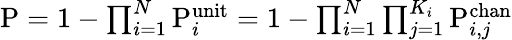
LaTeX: \begin{array}{r}{\mathrm{P}=1-\prod_{i=1}^{N}\mathrm{P}_{i}^{\mathrm{unit}}=1-\prod_{i=1}^{N}\prod_{j=1}^{K_{i}}\mathrm{P}_{i,j}^{\mathrm{chan}}}\end{array}